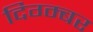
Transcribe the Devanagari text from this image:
दिग्म्बर